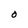
Character: O